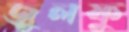
জুলফু